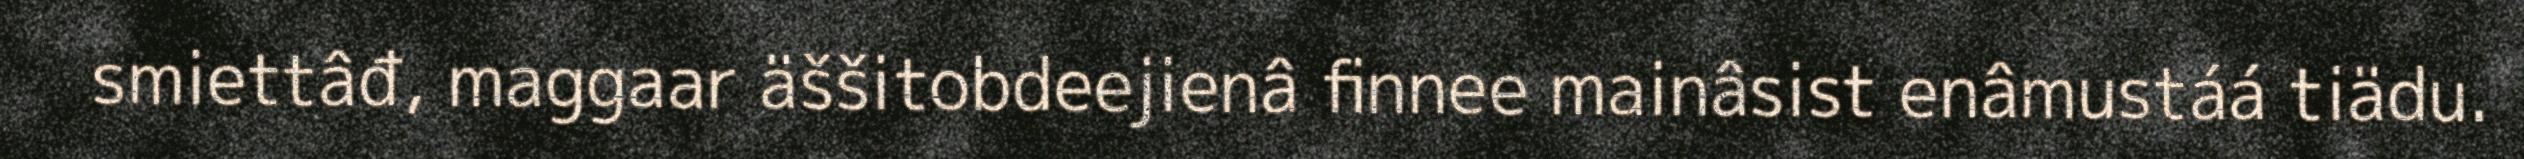
smiettâđ, maggaar äššitobdeejienâ finnee mainâsist enâmustáá tiädu.